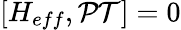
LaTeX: [H_{eff},\mathcal{PT}]=0